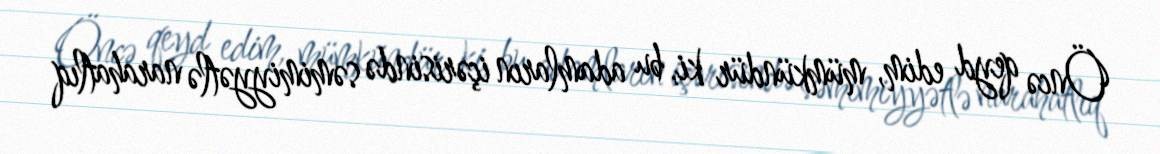
Öncə qeyd edim, mümkündür ki, bu adamların içərisində səmimiyyətlə narahatlıq